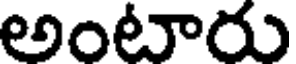
అంటారు